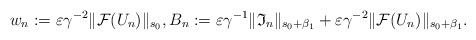
LaTeX: \begin{align*}w_n:=\varepsilon \gamma^{-2} \lVert \mathcal{F}(U_n) \rVert_{s_0}, B_n:=\varepsilon\gamma^{-1} \lVert \mathfrak{I}_n \rVert_{s_0+\beta_1}+\varepsilon\gamma^{-2} \lVert \mathcal{F}(U_n) \rVert_{s_0+\beta_1}.\end{align*}